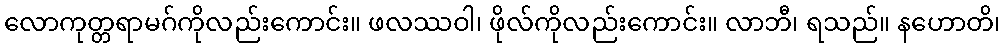
လောကုတ္တရာမဂ်ကိုလည်းကောင်း။ ဖလဿဝါ၊ ဖိုလ်ကိုလည်းကောင်း။ လာဘီ၊ ရသည်။ နဟောတိ၊